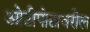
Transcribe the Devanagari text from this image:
ओटीपोटावरील